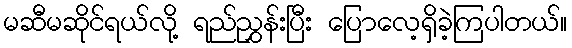
မဆီမဆိုင်ရယ်လို့ ရည်ညွှန်းပြီး ပြောလေ့ရှိခဲ့ကြပါတယ်။